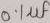
Text: 0.1µF